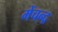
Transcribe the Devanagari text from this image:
मेंचन्द्र